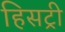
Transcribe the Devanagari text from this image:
हिसट्री